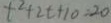
t ^ { 2 } + 2 t + 1 0 = 2 0